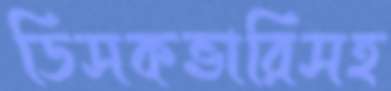
ডিসকভারিসহ